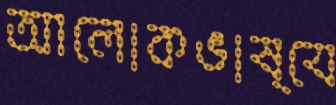
আলোকভাষ্যে